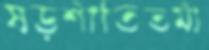
ষড়শীতিতমী